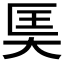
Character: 𪥎